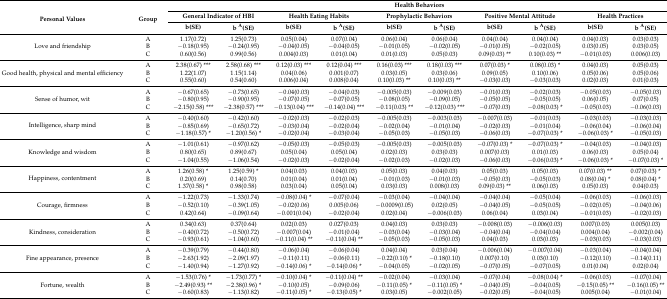
<table><thead><tr><td rowspan="3"><b>Personal Values</b></td><td rowspan="3"><b>Group</b></td><td colspan="10"><b>Health Behaviors</b></td></tr><tr><td colspan="2"><b>General Indicator of HBI</b></td><td colspan="2"><b>Health Eating Habits</b></td><td colspan="2"><b>Prophylactic Behaviors</b></td><td colspan="2"><b>Positive Mental Attitude</b></td><td colspan="2"><b>Health Practices</b></td></tr><tr><td><b>b(SE)</b></td><td><b>b <sup>A</sup>(SE)</b></td><td><b>b(SE)</b></td><td><b>b <sup>A</sup>(SE)</b></td><td><b>b(SE)</b></td><td><b>b <sup>A</sup>(SE)</b></td><td><b>b(SE)</b></td><td><b>b <sup>A</sup>(SE)</b></td><td><b>b(SE)</b></td><td><b>b <sup>A</sup>(SE)</b></td></tr></thead><tbody><tr><td rowspan="3">Love and friendship</td><td>A</td><td>1.17(0.72)</td><td>1.25(0.73)</td><td>0.05(0.04)</td><td>0.07(0.04)</td><td>0.06(0.04)</td><td>0.06(0.04)</td><td>0.04(0.04)</td><td>0.04(0.04)</td><td>0.04(0.03)</td><td>0.03(0.03)</td></tr><tr><td>B</td><td>−0.18(0.95)</td><td>−0.24(0.95)</td><td>−0.04(0.05)</td><td>−0.04(0.05)</td><td>−0.01(0.05)</td><td>−0.02(0.05)</td><td>−0.01(0.05)</td><td>−0.02(0.05)</td><td>0.03(0.05)</td><td>0.03(0.05)</td></tr><tr><td>C</td><td>0.60(0.56)</td><td>0.99(0.56)</td><td>0.004(0.03)</td><td>0.01(0.04)</td><td>0.01(0.03)</td><td>0.05(0.03)</td><td>0.09(0.03) ** </td><td>0.10(0.03) ** </td><td>−0.01(0.03)</td><td>0.006(0.03)</td></tr><tr><td rowspan="3">Good health, physical and mental efficiency</td><td>A</td><td>2.38(0.67) *** </td><td>2.58(0.68) *** </td><td>0.12(0.03) *** </td><td>0.12(0.04) *** </td><td>0.16(0.03) *** </td><td>0.18(0.03) *** </td><td>0.07(0.03) * </td><td>0.08(0.03) * </td><td>0.04(0.03)</td><td>0.05(0.03)</td></tr><tr><td>B</td><td>1.22(1.07)</td><td>1.15(1.14)</td><td>0.04(0.06)</td><td>0.001(0.07)</td><td>0.03(0.05)</td><td>0.03(0.06)</td><td>0.09(0.05)</td><td>0.10(0.06)</td><td>0.05(0.06)</td><td>0.05(0.06)</td></tr><tr><td>C</td><td>0.55(0.60)</td><td>0.54(0.60)</td><td>0.006(0.04)</td><td>0.008(0.04)</td><td>0.10(0.03) ** </td><td>0.10(0.03) ** </td><td>−0.03(0.03)</td><td>−0.03(0.03)</td><td>0.02(0.03)</td><td>0.01(0.03)</td></tr><tr><td rowspan="3">Sense of humor, wit</td><td>A</td><td>−0.67(0.65)</td><td>−0.73(0.65)</td><td>−0.04(0.03)</td><td>−0.04(0.03)</td><td>−0.005(0.03)</td><td>−0.009(0.03)</td><td>−0.01(0.03)</td><td>−0.02(0.03)</td><td>−0.05(0.03)</td><td>−0.05(0.03)</td></tr><tr><td>B</td><td>−0.80(0.95)</td><td>−0.90(0.95)</td><td>−0.07(0.05)</td><td>−0.07(0.05)</td><td>−0.08(0.05)</td><td>−0.09(0.05)</td><td>−0.05(0.05)</td><td>−0.05(0.05)</td><td>0.06(0.05)</td><td>0.07(0.05)</td></tr><tr><td>C</td><td>−2.15(0.58) *** </td><td>−2.38(0.57) *** </td><td>−0.13(0.04) *** </td><td>−0.14(0.04) *** </td><td>−0.11(0.03) ** </td><td>−0.12(0.03) *** </td><td>−0.07(0.03)</td><td>−0.08(0.03) * </td><td>−0.05(0.03)</td><td>−0.06(0.03)</td></tr><tr><td rowspan="3">Intelligence, sharp mind</td><td>A</td><td>−0.40(0.60)</td><td>−0.42(0.60)</td><td>−0.02(0.03)</td><td>−0.02(0.03)</td><td>−0.005(0.03)</td><td>−0.003(0.03)</td><td>−0.007(0.03)</td><td>−0.01(0.03)</td><td>−0.03(0.03)</td><td>−0.03(0.03)</td></tr><tr><td>B</td><td>−0.85(0.69)</td><td>−0.65(0.72)</td><td>−0.03(0.04)</td><td>−0.02(0.04)</td><td>−0.02(0.04)</td><td>−0.01(0.04)</td><td>−0.02(0.03)</td><td>−0.01(0.04)</td><td>−0.06(0.04)</td><td>−0.06(0.04)</td></tr><tr><td>C</td><td>−1.18(0.57) * </td><td>−1.20(0.56) * </td><td>−0.02(0.04)</td><td>−0.03(0.04)</td><td>−0.05(0.03)</td><td>−0.05(0.03)</td><td>−0.06(0.03)</td><td>−0.07(0.03) * </td><td>−0.06(0.03) * </td><td>−0.05(0.03)</td></tr><tr><td rowspan="3">Knowledge and wisdom</td><td>A</td><td>−1.01(0.61)</td><td>−0.97(0.62)</td><td>−0.05(0.03)</td><td>−0.05(0.03)</td><td>−0.005(0.03)</td><td>−0.005(0.03)</td><td>−0.07(0.03) * </td><td>−0.07(0.03) * </td><td>−0.04(0.03)</td><td>−0.04(0.03)</td></tr><tr><td>B</td><td>0.80(0.65)</td><td>0.89(0.67)</td><td>0.05(0.04)</td><td>0.05(0.04)</td><td>0.02(0.03)</td><td>0.03(0.03)</td><td>0.007(0.03)</td><td>0.01(0.03)</td><td>0.06(0.03)</td><td>0.05(0.04)</td></tr><tr><td>C</td><td>−1.04(0.55)</td><td>−1.06(0.54)</td><td>−0.02(0.03)</td><td>−0.02(0.04)</td><td>−0.02(0.03)</td><td>−0.02(0.03)</td><td>−0.06(0.03)</td><td>−0.06(0.03) * </td><td>−0.06(0.03) * </td><td>−0.07(0.03) * </td></tr><tr><td rowspan="3">Happiness, contentment </td><td>A</td><td>1.26(0.58) * </td><td>1.25(0.59) * </td><td>0.04(0.03)</td><td>0.04(0.03)</td><td>0.05(0.03)</td><td>0.04(0.03)</td><td>0.05(0.03)</td><td>0.05(0.03)</td><td>0.07(0.03) ** </td><td>0.07(0.03) * </td></tr><tr><td>B</td><td>0.20(0.69)</td><td>0.14(0.70)</td><td>0.01(0.04)</td><td>0.01(0.04)</td><td>−0.01(0.03)</td><td>−0.01(0.03)</td><td>−0.05(0.03)</td><td>−0.05(0.03)</td><td>0.08(0.04) * </td><td>0.08(0.04) * </td></tr><tr><td>C</td><td>1.37(0.58) * </td><td>0.98(0.58)</td><td>0.03(0.04)</td><td>0.05(0.04)</td><td>0.03(0.03)</td><td>0.008(0.03)</td><td>0.09(0.03) ** </td><td>0.06(0.03)</td><td>0.05(0.03)</td><td>0.04(0.03)</td></tr><tr><td rowspan="3">Courage, firmness</td><td>A</td><td>−1.22(0.73)</td><td>−1.33(0.74)</td><td>−0.08(0.04) * </td><td>−0.07(0.04)</td><td>−0.03(0.04)</td><td>−0.04(0.04)</td><td>−0.04(0.04)</td><td>−0.05(0.04)</td><td>−0.06(0.03)</td><td>−0.06(0.03)</td></tr><tr><td>B</td><td>−0.52(0.10)</td><td>−0.39(1.05)</td><td>−0.02(0.06)</td><td>0.005(0.06)</td><td>−0.0009(0.05)</td><td>0.02(0.05)</td><td>−0.04(0.05)</td><td>−0.05(0.05)</td><td>−0.02(0.05)</td><td>−0.04(0.06)</td></tr><tr><td>C</td><td>0.42(0.64)</td><td>−0.09(0.64)</td><td>−0.001(0.04)</td><td>−0.02(0.04)</td><td>0.02(0.04)</td><td>−0.006(0.03)</td><td>0.06(0.04)</td><td>0.03(0.04)</td><td>−0.01(0.03)</td><td>−0.02(0.03)</td></tr><tr><td rowspan="3">Kindness, consideration</td><td>A</td><td>0.34(0.63)</td><td>0.37(0.64)</td><td>0.02(0.03)</td><td>0.027(0.03)</td><td>0.04(0.03)</td><td>0.03(0.03)</td><td>−0.008(0.03)</td><td>−0.006(0.03)</td><td>0.007(0.03)</td><td>0.005(0.03)</td></tr><tr><td>B</td><td>−0.40(0.72)</td><td>−0.50(0.72)</td><td>−0.007(0.04)</td><td>−0.01(0.04)</td><td>−0.03(0.04)</td><td>−0.03(0.04)</td><td>−0.04(0.04)</td><td>−0.04(0.04)</td><td>0.004(0.04)</td><td>−0.002(0.04)</td></tr><tr><td>C</td><td>−0.93(0.61)</td><td>−1.04(0.60)</td><td>−0.11(0.04) ** </td><td>−0.11(0.04) ** </td><td>−0.05(0.03)</td><td>−0.05(0.03)</td><td>0.04(0.03)</td><td>0.03(0.03)</td><td>−0.03(0.03)</td><td>−0.03(0.03)</td></tr><tr><td rowspan="3">Fine appearance, presence</td><td>A</td><td>−0.39(0.79)</td><td>−0.44(0.80)</td><td>−0.06(0.04)</td><td>−0.06(0.04)</td><td>0.04(0.04)</td><td>0.03(0.04)</td><td>−0.006(0.04)</td><td>−0.007(0.04)</td><td>−0.03(0.04)</td><td>−0.04(0.04)</td></tr><tr><td>B</td><td>−2.63(1.92)</td><td>−2.09(1.97)</td><td>−0.11(0.11)</td><td>−0.06(0.11)</td><td>−0.22(0.10) * </td><td>−0.18(0.10)</td><td>0.007(0.10)</td><td>0.03(0.10)</td><td>−0.12(0.10)</td><td>−0.14(0.11)</td></tr><tr><td>C</td><td>−1.40(0.94)</td><td>−1.27(0.92)</td><td>−0.14(0.06) * </td><td>−0.14(0.06) * </td><td>−0.04(0.05)</td><td>−0.02(0.05)</td><td>−0.07(0.05)</td><td>−0.07(0.05)</td><td>0.01(0.04)</td><td>0.02(0.04)</td></tr><tr><td rowspan="3">Fortune, wealth</td><td>A</td><td>−1.53(0.76) * </td><td>−1.73(0.77) * </td><td>−0.10(0.04) * </td><td>−0.11(0.04) ** </td><td>−0.02(0.04)</td><td>−0.03(0.04)</td><td>−0.07(0.04)</td><td>−0.08(0.04) * </td><td>−0.06(0.03)</td><td>−0.07(0.04)</td></tr><tr><td>B</td><td>−2.49(0.93) ** </td><td>−2.38(0.96) * </td><td>−0.10(0.05)</td><td>−0.09(0.06)</td><td>−0.11(0.05) * </td><td>−0.11(0.05) * </td><td>−0.04(0.05)</td><td>−0.04(0.05)</td><td>−0.15(0.05) ** </td><td>−0.16(0.05) ** </td></tr><tr><td>C</td><td>−0.60(0.83)</td><td>−1.13(0.82)</td><td>−0.11(0.05) * </td><td>−0.13(0.05) * </td><td>0.03(0.05)</td><td>−0.002(0.05)</td><td>−0.02(0.05)</td><td>−0.04(0.05)</td><td>0.005(0.04)</td><td>−0.01(0.04)</td></tr></tbody></table>